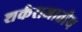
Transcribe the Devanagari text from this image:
शर्कराजातीय